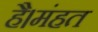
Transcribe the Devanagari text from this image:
है।मंहत